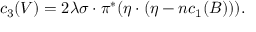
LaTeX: c _ { 3 } ( V ) = 2 \lambda \sigma \cdot \pi ^ { * } ( \eta \cdot ( \eta - n c _ { 1 } ( B ) ) ) .